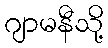
ဂျာမနီသို့